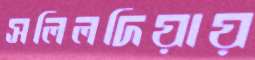
সলিলদিয়ায়